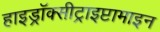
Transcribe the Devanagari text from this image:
हाइड्रॉक्सीट्राइप्टामाइन